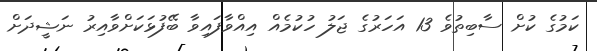
ކަމުގެ ކުށް ސާބިތުވެ 13 އަހަރުގެ ޖަލު ހުކުމެއް އިއްވާފައިވާ ބޭފުޅަކަށްވާއިރު ނަޝީދަށް